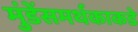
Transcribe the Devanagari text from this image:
मुंडेंसमर्थकाकडे